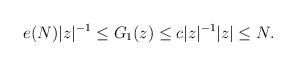
LaTeX: \begin{align*} e(N) |z|^{-1}\leq G_1(z)\leq c |z|^{-1} |z|\leq N.\end{align*}